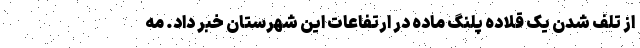
از تلف شدن یک قلاده پلنگ ماده در ارتفاعات این شهرستان خبر داد. مه